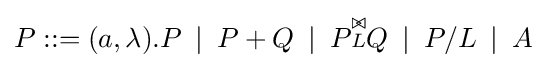
P::=(a,\lambda ).P\,\,\,|\,\,\,P+Q\,\,\,|\,\,\,P{\stackrel {\triangleright \!\!\triangleleft }{\scriptstyle {L}}}Q\,\,\,|\,\,\,P/L\,\,\,|\,\,\,A